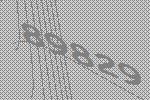
89829